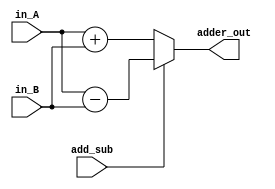
module L4_ALU(
	input [15:0] in_A,
	input [15:0] in_B,
	input add_sub,
	output reg [15:0] adder_out
);

	always@(*)
	begin
	
		if(add_sub == 0) //0 means add_sub
		begin
			adder_out <= in_A + in_B;
		end
		
		else
		begin
			adder_out <= in_A - in_B;
		end
		
	end
	
endmodule